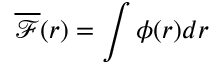
\overline { { \mathcal { F } } } ( r ) = \int \phi ( r ) d r